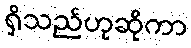
ရှိသည်ဟုဆိုကာ